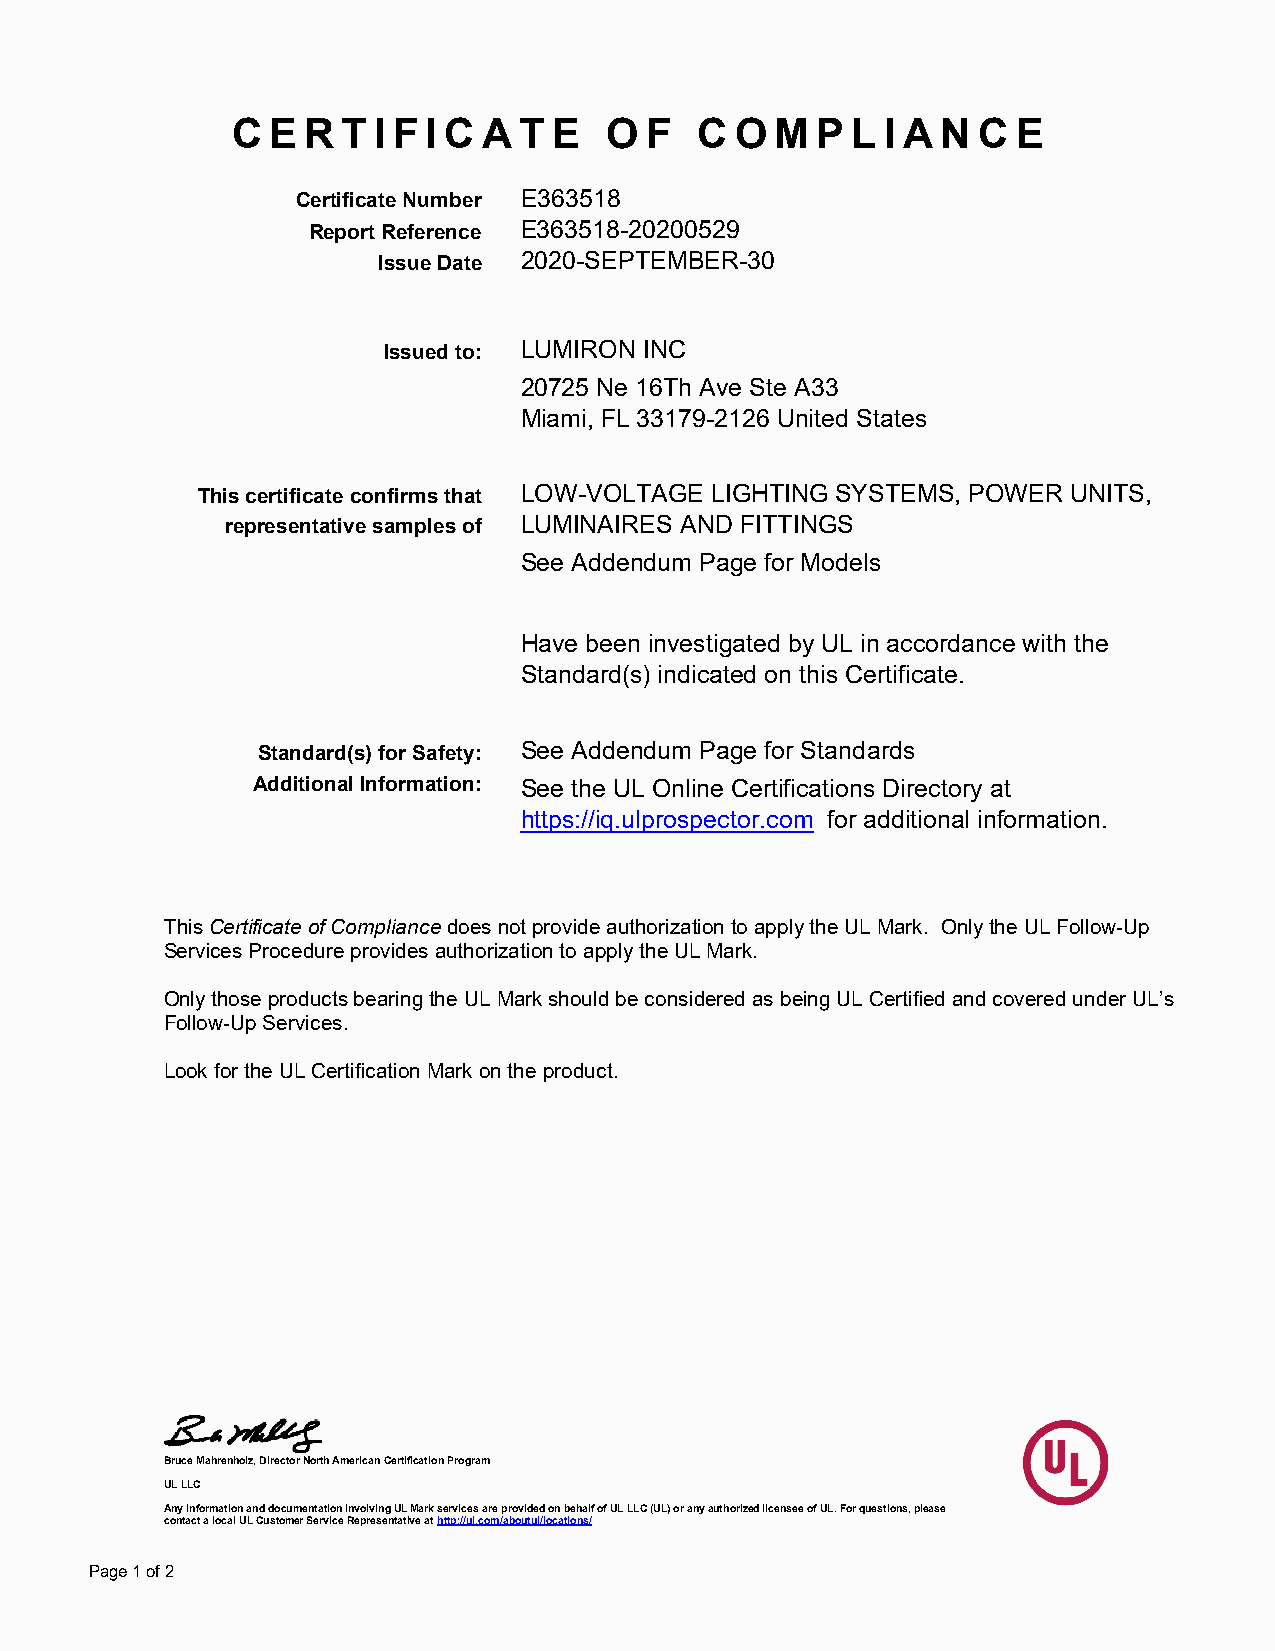
C  E R  T I F I C A T E  O  F  C  O M  P L  I A N C E
 Certificate Number E363518
 Report Reference E363518-20200529
 Issue Date 2020-SEPTEMBER-30
 Issued to: LUMIRON INC
 20725 Ne 16Th Ave Ste A33
 Miami, FL 33179-2126 United States
 This certificate confirms that LOW-VOLTAGE LIGHTING SYSTEMS, POWER UNITS,
 representative samples of LUMINAIRES AND FITTINGS
 See Addendum Page for Models
 Have been investigated by UL in accordance with the
 Standard(s) indicated on this Certificate.
 Standard(s) for Safety: See Addendum Page for Standards
 Additional Information: See the UL Online Certifications Directory at
 https://iq.ulprospector.com for additional information.
 This Certificate of Compliance does not provide authorization to apply the UL Mark. Only the UL Follow-Up
 Services Procedure provides authorization to apply the UL Mark.
 Only those products bearing the UL Mark should be considered as being UL Certified and covered under UL’s
 Follow-Up Services.
 Look for the UL Certification Mark on the product.
 Bruce Mahrenholz, Director North American Certification Program
 UL LLC
 Any information and documentation involving UL Mark services are provided on behalf of UL LLC (UL) or any authorized licensee of UL. For questions, please
 contact a local UL Customer Service Representative at http://ul.com/aboutul/locations/
 Page 1 of 2